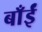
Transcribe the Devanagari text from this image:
बाँईं